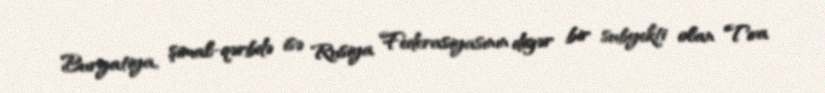
Buryatiya, şimal-qərbdə isə Rusiya Federasiyasının digər bir subyekti olan Tıva